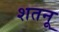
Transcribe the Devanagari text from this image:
शतनू